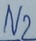
Text: N2